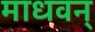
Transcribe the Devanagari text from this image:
माधवन्